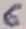
Text: 6